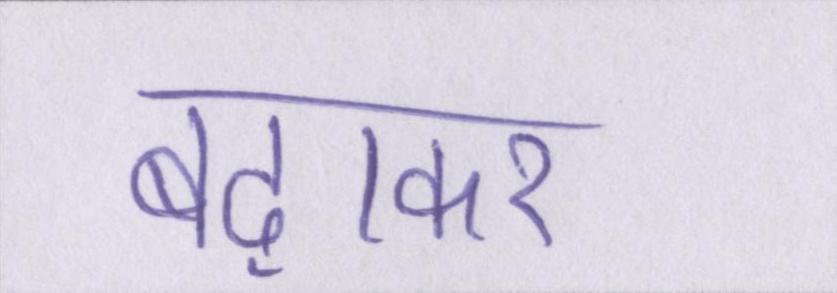
बढ़ाकर